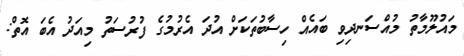
މައުލޫމާތު މުއްސަނދިވި ބައެއް ހިސާބުތަކަށް އުދަ އެރުމުގެ ފުރުސަތު މިއަދު އެބަ އޮތް: